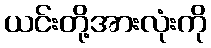
ယင်းတို့အားလုံးကို